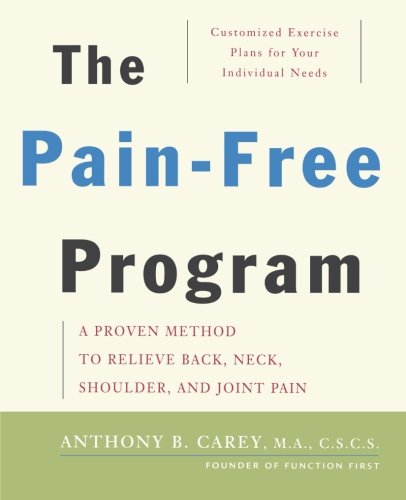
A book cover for The Pain-Free Program: A Proven Method to Relieve Back, Neck, Shoulder, and Joint Pain; Anthony B. Carey; Health, Fitness & Dieting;